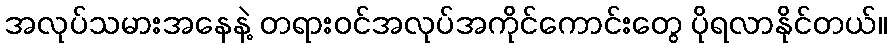
အလုပ်သမားအနေနဲ့ တရားဝင်အလုပ်အကိုင်ကောင်းတွေ ပိုရလာနိုင်တယ်။